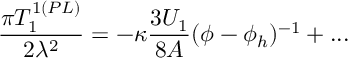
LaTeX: \frac { \pi T _ { 1 } ^ { 1 ( P L ) } } { 2 \lambda ^ { 2 } } = - \kappa \frac { 3 U _ { 1 } } { 8 A } ( \phi - \phi _ { h } ) ^ { - 1 } + . . .